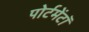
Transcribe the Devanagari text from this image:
पोर्टमेंटॉ